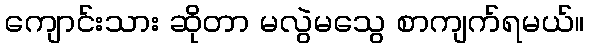
ကျောင်းသား ဆိုတာ မလွဲမသွေ စာကျက်ရမယ်။